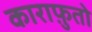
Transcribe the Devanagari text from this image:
काराफ़ुतो